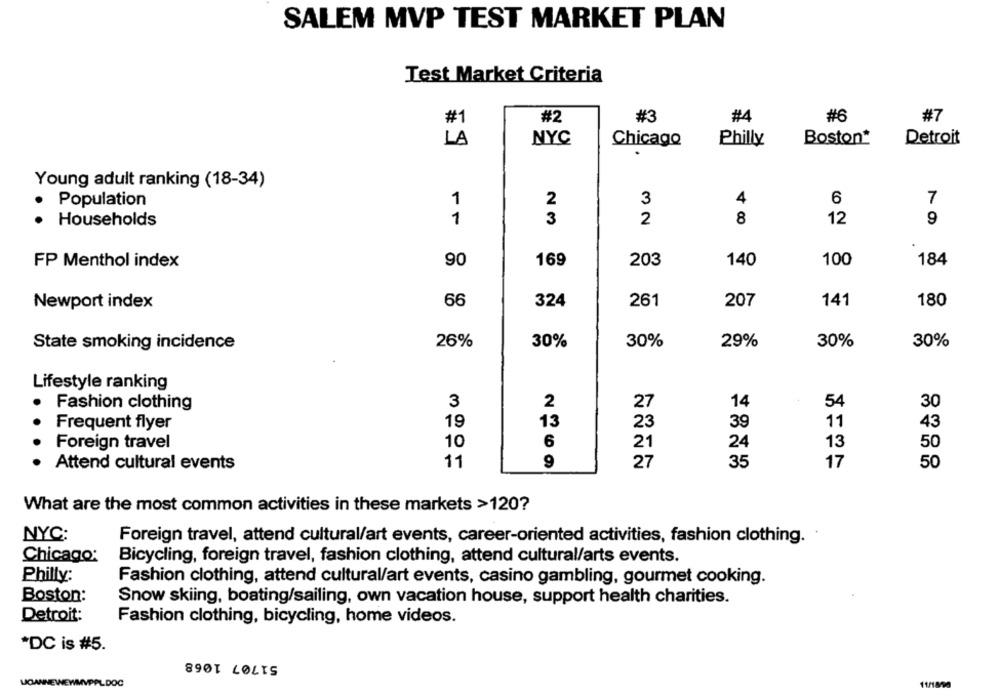
SALEM MVP TEST MARKET PLAN
Test Market Criteria
#2
#3
#4
#6
#7
#1
LA
NYC
Chicago
Philly
Boston*
Detroit
Young adult ranking (18-34)
1
2
3
4
6
7
.
Population
Households
1
3
2
8
12
9
FP Menthol index
90
169
203
140
100
184
Newport index
66
324
261
207
141
180
State smoking incidence
26%
30%
30%
29%
30%
30%
Lifestyle ranking
3
2
14
54
30
Fashion clothing
27
.
19
13
23
39
11
43
Frequent flyer
Foreign travel
10
6
21
24
13
50
.
Attend cultural events
11
9
27
35
17
50
What are the most common activities in these markets >120?
NYC:
Foreign travel, attend cultural/art events, career-oriented activities, fashion clothing.
Chicago:
Bicycling, foreign travel, fashion clothing, attend cultural/arts events.
Philly:
Fashion clothing, attend cultural/art events, casino gambling, gourmet cooking.
Boston:
Snow skiing, boating/sailing, own vacation house, support health charities.
Detroit:
Fashion clothing, bicycling, home videos.
*DC is #5.
51707 1068
ANNEWEWMVPALDOC
11/1890